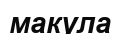
макула